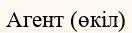
Агент (өкіл)